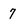
Character: 7